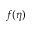
f ( \eta )